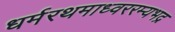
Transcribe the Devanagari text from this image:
धर्मरथमाध्वररम्यभद्र